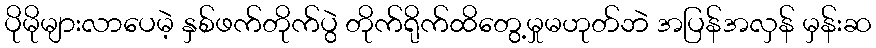
ပိုမိုများလာပေမဲ့ နှစ်ဖက်တိုက်ပွဲ တိုက်ရိုက်ထိတွေ့မှုမဟုတ်ဘဲ အပြန်အလှန် မှန်းဆ